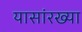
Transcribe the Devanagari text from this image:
यासांरख्या